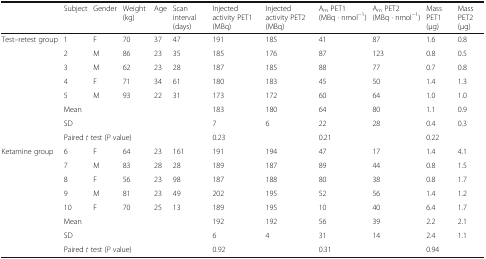
<table><thead><tr><td></td><td><b>Subject</b></td><td><b>Gender</b></td><td><b>Weight (kg)</b></td><td><b>Age</b></td><td><b>Scan interval (days)</b></td><td><b>Injected activity PET1 (MBq)</b></td><td><b>Injected activity PET2 (MBq)</b></td><td><b>A<sub>m</sub> PET1 (MBq · nmol<sup>−1</sup>)</b></td><td><b>A<sub>m</sub> PET2 (MBq · nmol<sup>−1</sup>)</b></td><td><b>Mass PET1 (μg)</b></td><td><b>Mass PET2 (μg)</b></td></tr></thead><tbody><tr><td rowspan="8">Test–retest group</td><td>1</td><td>F</td><td>70</td><td>37</td><td>47</td><td>191</td><td>185</td><td>41</td><td>87</td><td>1.6</td><td>0.8</td></tr><tr><td>2</td><td>M</td><td>86</td><td>23</td><td>35</td><td>185</td><td>176</td><td>87</td><td>123</td><td>0.8</td><td>0.5</td></tr><tr><td>3</td><td>M</td><td>62</td><td>23</td><td>28</td><td>187</td><td>185</td><td>88</td><td>77</td><td>0.7</td><td>0.8</td></tr><tr><td>4</td><td>F</td><td>71</td><td>34</td><td>61</td><td>180</td><td>183</td><td>45</td><td>50</td><td>1.4</td><td>1.3</td></tr><tr><td>5</td><td>M</td><td>93</td><td>22</td><td>31</td><td>173</td><td>172</td><td>60</td><td>64</td><td>1.0</td><td>1.0</td></tr><tr><td colspan="5">Mean</td><td>183</td><td>180</td><td>64</td><td>80</td><td>1.1</td><td>0.9</td></tr><tr><td colspan="5">SD</td><td>7</td><td>6</td><td>22</td><td>28</td><td>0.4</td><td>0.3</td></tr><tr><td colspan="5">Paired <i>t</i> test (<i>P</i> value)</td><td colspan="2">0.23</td><td colspan="2">0.21</td><td colspan="2">0.22</td></tr><tr><td rowspan="8">Ketamine group</td><td>6</td><td>F</td><td>64</td><td>23</td><td>161</td><td>191</td><td>194</td><td>47</td><td>17</td><td>1.4</td><td>4.1</td></tr><tr><td>7</td><td>M</td><td>83</td><td>28</td><td>28</td><td>189</td><td>187</td><td>89</td><td>44</td><td>0.8</td><td>1.5</td></tr><tr><td>8</td><td>F</td><td>56</td><td>23</td><td>98</td><td>187</td><td>188</td><td>80</td><td>38</td><td>0.8</td><td>1.7</td></tr><tr><td>9</td><td>M</td><td>81</td><td>23</td><td>49</td><td>202</td><td>195</td><td>52</td><td>56</td><td>1.4</td><td>1.2</td></tr><tr><td>10</td><td>F</td><td>70</td><td>25</td><td>13</td><td>189</td><td>195</td><td>10</td><td>40</td><td>6.4</td><td>1.7</td></tr><tr><td colspan="5">Mean</td><td>192</td><td>192</td><td>56</td><td>39</td><td>2.2</td><td>2.1</td></tr><tr><td colspan="5">SD</td><td>6</td><td>4</td><td>31</td><td>14</td><td>2.4</td><td>1.1</td></tr><tr><td colspan="5">Paired <i>t</i> test (<i>P</i> value)</td><td colspan="2">0.92</td><td colspan="2">0.31</td><td colspan="2">0.94</td></tr></tbody></table>